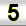
Digit: 5